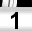
Digit: 1